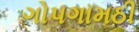
ગોપગામઠી